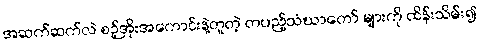
အဆက်ဆက်လဲ စဉ့်အိုးအကောင်းနဲ့တူတဲ့ တပည့်သံဃာတော် များကို ထိန်းသိမ်း၍